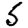
Digit: 5